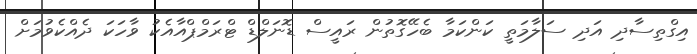
އިގްތިސާދި އަދި ސަލާމަތީ ކަންކަމާ ބެހޭގޮތުން ރައީސް ޑޮނަލްޑް ޓްރަމްޕްއާއެކު ވާހަކަ ދެއްކެވުމަށް